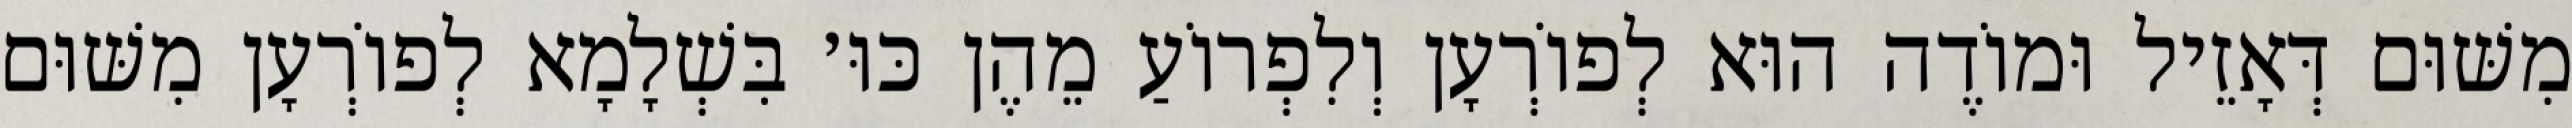
מִשּׁוּם דְּאָזֵיל וּמוֹדֶה הוּא לְפוֹרְעָן וְלִפְרוֹעַ מֵהֶן כּוּ׳ בִּשְׁלָמָא לְפוֹרְעָן מִשּׁוּם